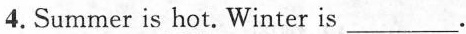
4.Summer is ___hot. Winter is ___.